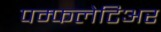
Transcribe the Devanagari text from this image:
पम्फलेटिअर